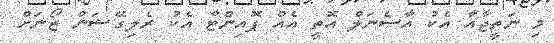
މި ނަތީޖާއާ އެކު އާސެނަލް އޮތީ އެއް ޕޮއިންޓާ އެކު ރެލިގޭޝަން ޒޯނަށް